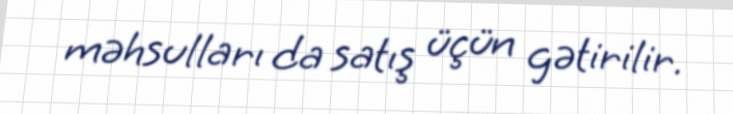
məhsulları da satış üçün gətirilir.